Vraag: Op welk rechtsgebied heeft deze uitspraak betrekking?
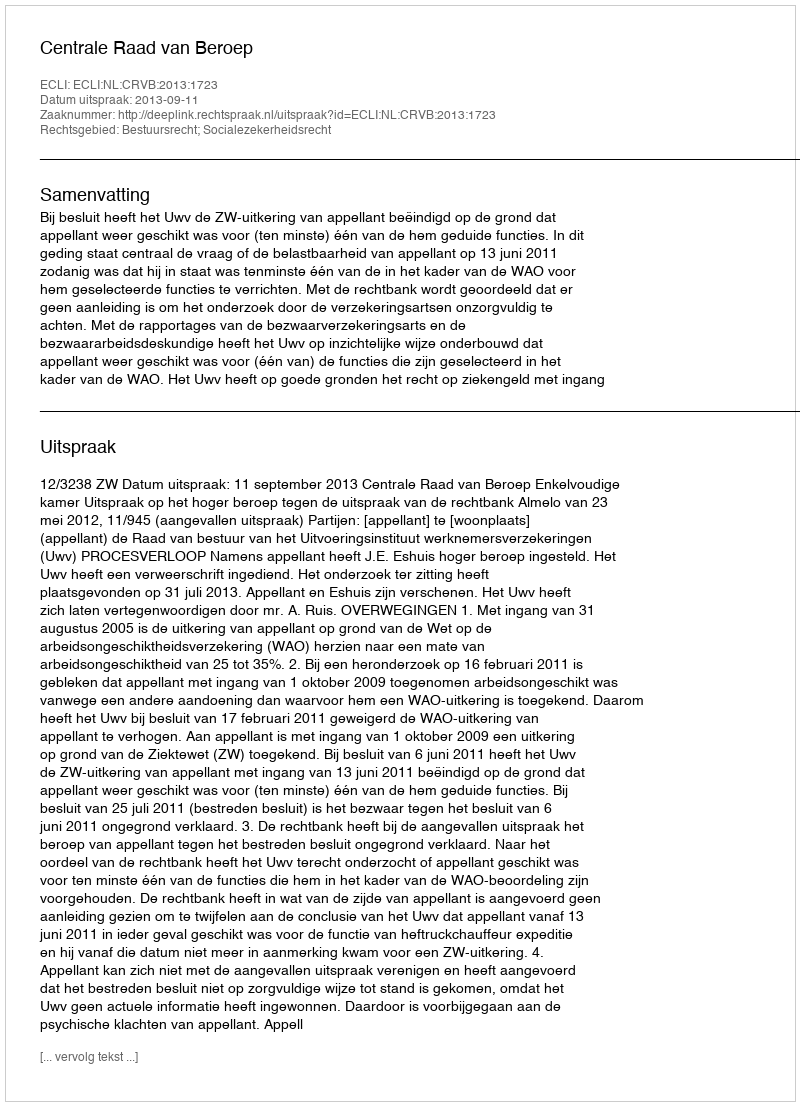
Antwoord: Bestuursrecht; Socialezekerheidsrecht